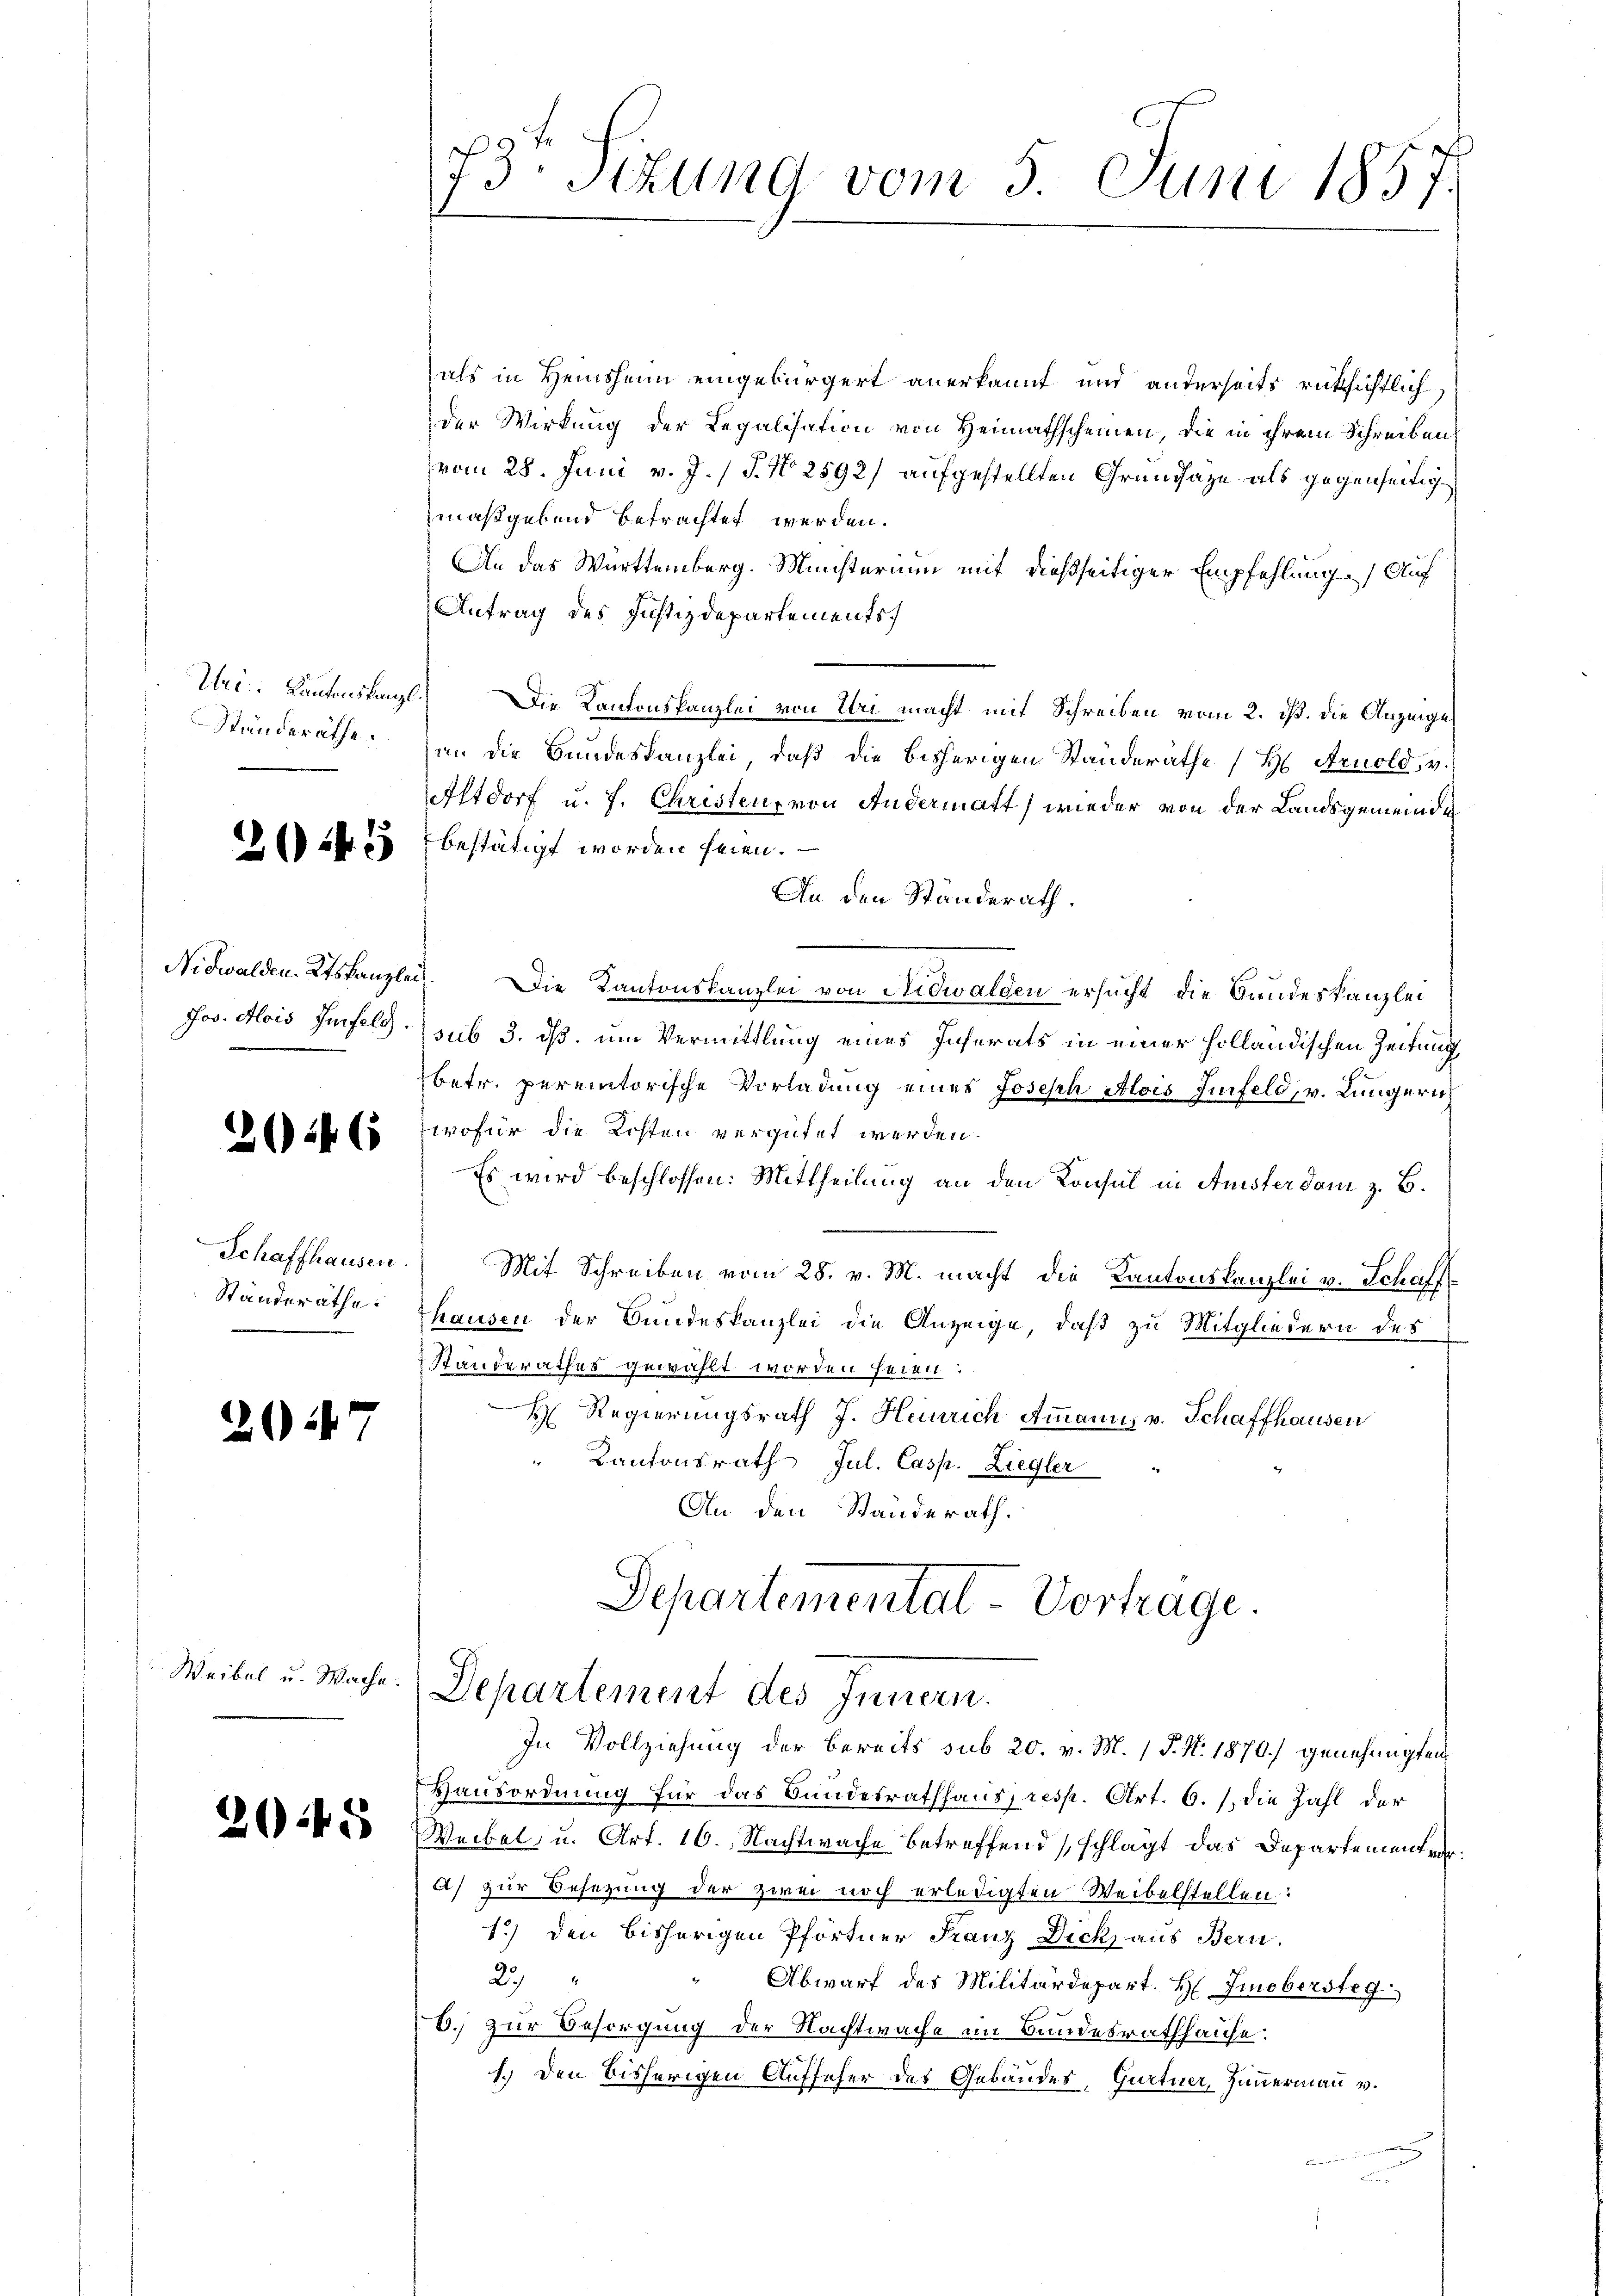
Nidwalden Ktskanzlei.

2146

2047

Weibel u. Wache.

als in Heinsheim eingebürgert anerkannt und anderseits rücksichtlich,
der Wirkung der Legalisation von Heimathscheinen, die in ihrem Schreiben
vom 28. Juni v. J. J. N. 2592) aufgestellten Grundsaze als gegenseitigmaßgebend betrachtet werden.
An das Württemberg. Ministerium mit dießseitiger Empfehlung (Auf
Antrag des Justizdepartements
Uei. Kantonskanzl. Die Kantonskanzlei von Uri macht mit Schreiben vom 2. ist. Die Anzeige
Ständeräthe an die Bundeskanzlei, daß die bisherigen Ständeräthe (H. Arnold, v.
Altdorf u. f. Christens von Andermatt, wieder von der Landsgemeinde
26 f. 3 bestätigt worden seien.
An den Ständerath.
Die Kantonskanzlei von Nidwalden ersucht die Bandeskanzlei
Jos. Alois Infeld. sub 3. ds. um Vermittlung eines Inserats in einer holländischen Zeitung
betr. peremtorische Vorladung eines Joseph Alois Fünfeld, v. Lungerich
wofür die Kosten vergütet werden.
Es wird beschlossen: Mittheilung an den Konsul in Ansterdom z. B.
Schaffhausen. Mit Schreiben vom 28. v. M. macht die Kantonskanzlei v. Schaff
Standerathe Thausen der Bundeskanzlei die Anzeige, daß zu Mitgliedern des
Standerathes gewählt worden seien:
H. Regierungsrath J. Heinrich Ammanns v. Schaffhausen
" Kantonsrath Jul. Casp. Ziegler
An den Standerath.
Departementat-Vortrage.
Departement des Innern.
In Vollziehung der bereits sub 20. v. M. (T. N. 1870) genehmigten
Hausordnung für das Bundesrathhaus, resp. Art. 6./. die Zahl der
22 23 Weibel, u. Art. 16. Nachtwache betreffend (schlägt das Departement ver
A) zur Besetzung der zwei noch erledigten Weibelstellen:
1.) Den bisherigen Pförtner Franz Dick aus Bern.
27
Abwarf des Militärdepart. H. Liebersteg
6.) zur Besorgung der Nachtwache im Bundesrathhause:
1.) Den bisherigen Aufseher des Gebäudes, Gurtner, Hauermann v.
dieren der der
u

73. Sizung vom 5. Juni 1857.